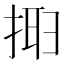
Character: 𢮮